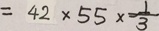
= 4 2 \times 5 5 \times \frac { 1 } { 3 }